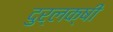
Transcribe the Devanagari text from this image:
दुर्लक्षी